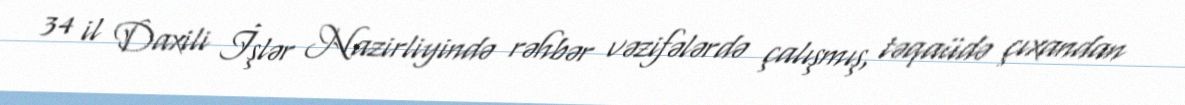
34 il Daxili İşlər Nazirliyində rəhbər vəzifələrdə çalışmış, təqaüdə çıxandan